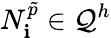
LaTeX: {N}_{\mathbf{i}}^{\tilde{{p}}}\in\mathcal{{Q}}^{h}